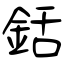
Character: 銛